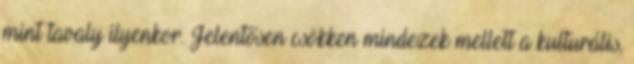
mint tavaly ilyenkor. Jelentősen csökken mindezek mellett a kulturális,